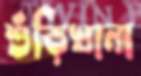
শুঁড়িখানা